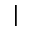
\mid